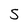
Character: 5